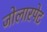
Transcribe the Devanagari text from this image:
जोलारपेट